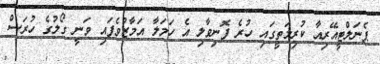
ޕެނަލްޓީއޭރިއާ ކުރިމަތީގައި ހުރެ ފޮނިވާލި އެ ހަމަލާ އަމާޒުވެފައި ވަނީ ގޯލުގެ ހުރަސް